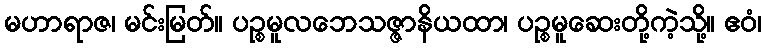
မဟာရာဇ၊ မင်းမြတ်။ ပဉ္စမူလဘေသဇ္ဇာနိယထာ၊ ပဉ္စမူဆေးတို့ကဲ့သို့။ ဧဝံ၊